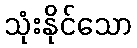
သုံးနိုင်သော